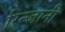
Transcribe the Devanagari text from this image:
रिन्जानी